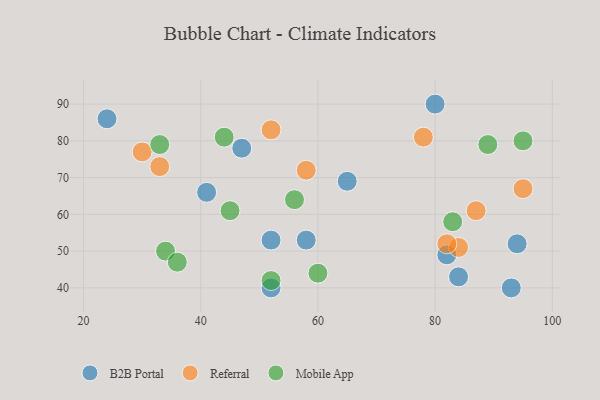
{"axis": {"x": "GDP", "y": "Life Expectancy"}, "legend": ["B2B Portal", "Mobile App", "Referral"], "data": [{"x": "41", "y": 66, "type": "B2B Portal"}, {"x": "52", "y": 40, "type": "B2B Portal"}, {"x": "93", "y": 40, "type": "B2B Portal"}, {"x": "84", "y": 43, "type": "B2B Portal"}, {"x": "52", "y": 53, "type": "B2B Portal"}, {"x": "65", "y": 69, "type": "B2B Portal"}, {"x": "80", "y": 90, "type": "B2B Portal"}, {"x": "94", "y": 52, "type": "B2B Portal"}, {"x": "47", "y": 78, "type": "B2B Portal"}, {"x": "58", "y": 53, "type": "B2B Portal"}, {"x": "82", "y": 49, "type": "B2B Portal"}, {"x": "24", "y": 86, "type": "B2B Portal"}, {"x": "58", "y": 72, "type": "Referral"}, {"x": "84", "y": 51, "type": "Referral"}, {"x": "82", "y": 52, "type": "Referral"}, {"x": "87", "y": 61, "type": "Referral"}, {"x": "33", "y": 73, "type": "Referral"}, {"x": "52", "y": 83, "type": "Referral"}, {"x": "30", "y": 77, "type": "Referral"}, {"x": "78", "y": 81, "type": "Referral"}, {"x": "95", "y": 67, "type": "Referral"}, {"x": "83", "y": 58, "type": "Mobile App"}, {"x": "34", "y": 50, "type": "Mobile App"}, {"x": "60", "y": 44, "type": "Mobile App"}, {"x": "36", "y": 47, "type": "Mobile App"}, {"x": "52", "y": 42, "type": "Mobile App"}, {"x": "44", "y": 81, "type": "Mobile App"}, {"x": "33", "y": 79, "type": "Mobile App"}, {"x": "89", "y": 79, "type": "Mobile App"}, {"x": "45", "y": 61, "type": "Mobile App"}, {"x": "56", "y": 64, "type": "Mobile App"}, {"x": "95", "y": 80, "type": "Mobile App"}]}